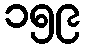
၁၅၉